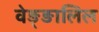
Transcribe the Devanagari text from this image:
वेङ्ङालिल